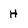
Character: H